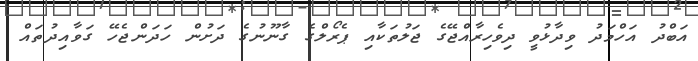
އަބްދު އަހްމަދު ވިދާޅުވީ ދިވެހިރާއްޖޭގެ ޖަލުތަކާއި ޕެރޯލްގެ ގާނޫނުގެ ދަށުންް ހަދަންޖެހޭ ގަވާއިދުތައް